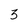
Character: 3